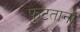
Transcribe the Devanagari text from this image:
फुटताना